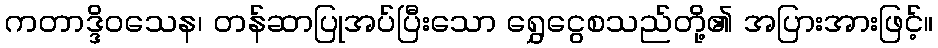
ကတာဒ္ဒိဝသေန၊ တန်ဆာပြုအပ်ပြီးသော ရွှေငွေစသည်တို့၏ အပြားအားဖြင့်။